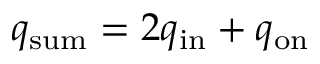
q _ { \mathrm { s u m } } = 2 q _ { \mathrm { i n } } + q _ { \mathrm { o n } }